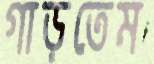
গাড়তেম